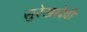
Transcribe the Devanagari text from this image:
सुरेखादेवी